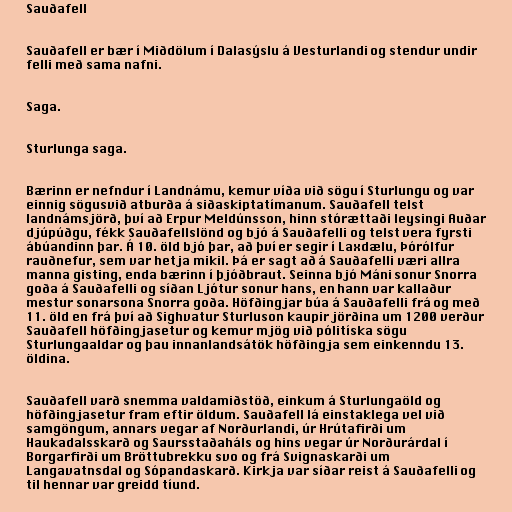
Sauðafell

Sauðafell er bær í Miðdölum í Dalasýslu á Vesturlandi og stendur undir
felli með sama nafni.

Saga.

Sturlunga saga.

Bærinn er nefndur í Landnámu, kemur víða við sögu í Sturlungu og var
einnig sögusvið atburða á siðaskiptatímanum. Sauðafell telst
landnámsjörð, því að Erpur Meldúnsson, hinn stórættaði leysingi Auðar
djúpúðgu, fékk Sauðafellslönd og bjó á Sauðafelli og telst vera fyrsti
ábúandinn þar. Á 10. öld bjó þar, að því er segir í Laxdælu, Þórólfur
rauðnefur, sem var hetja mikil. Þá er sagt að á Sauðafelli væri allra
manna gisting, enda bærinn í þjóðbraut. Seinna bjó Máni sonur Snorra
goða á Sauðafelli og síðan Ljótur sonur hans, en hann var kallaður
mestur sonarsona Snorra goða. Höfðingjar búa á Sauðafelli frá og með
11. öld en frá því að Sighvatur Sturluson kaupir jörðina um 1200 verður
Sauðafell höfðingjasetur og kemur mjög við pólitíska sögu
Sturlungaaldar og þau innanlandsátök höfðingja sem einkenndu 13.
öldina.

Sauðafell varð snemma valdamiðstöð, einkum á Sturlungaöld og
höfðingjasetur fram eftir öldum. Sauðafell lá einstaklega vel við
samgöngum, annars vegar af Norðurlandi, úr Hrútafirði um
Haukadalsskarð og Saursstaðaháls og hins vegar úr Norðurárdal í
Borgarfirði um Bröttubrekku svo og frá Svignaskarði um
Langavatnsdal og Sópandaskarð. Kirkja var síðar reist á Sauðafelli og
til hennar var greidd tíund.